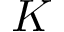
K